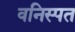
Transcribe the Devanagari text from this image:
वनिस्पत